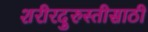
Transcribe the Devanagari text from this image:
शरीरदुरुस्तीसाठी